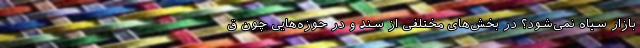
بازار سیاه نمی‌شود؟ در بخش‌های مختلفی از سند و در حوزه‌هایی چون ق